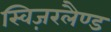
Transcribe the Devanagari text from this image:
स्विज़रलैण्ड